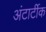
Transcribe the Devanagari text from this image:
अंटार्टीक